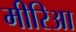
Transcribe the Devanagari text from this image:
मीरिआ